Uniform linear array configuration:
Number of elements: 64
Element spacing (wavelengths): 0.25
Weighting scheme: blackman
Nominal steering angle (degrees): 45
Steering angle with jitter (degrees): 43.141
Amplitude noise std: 0.05
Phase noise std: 0.05

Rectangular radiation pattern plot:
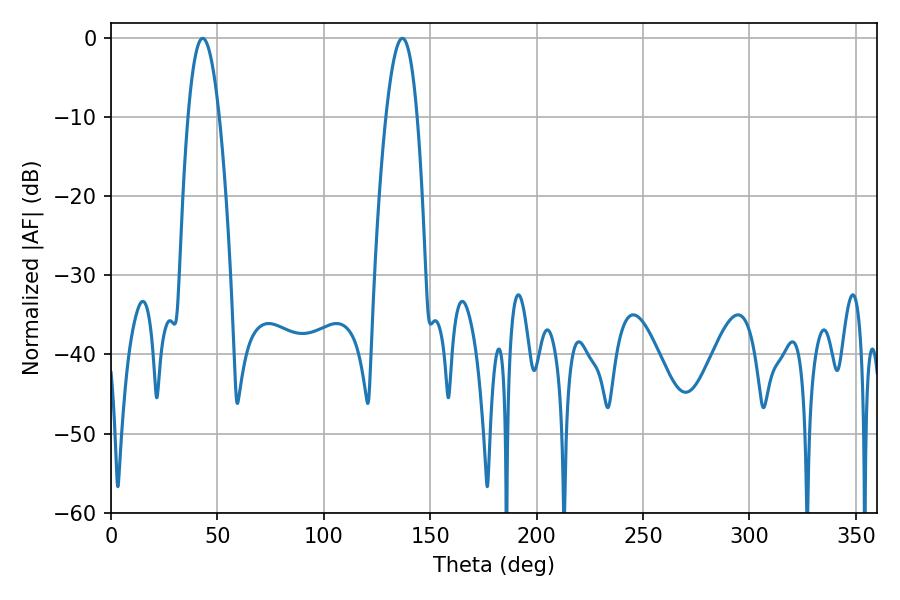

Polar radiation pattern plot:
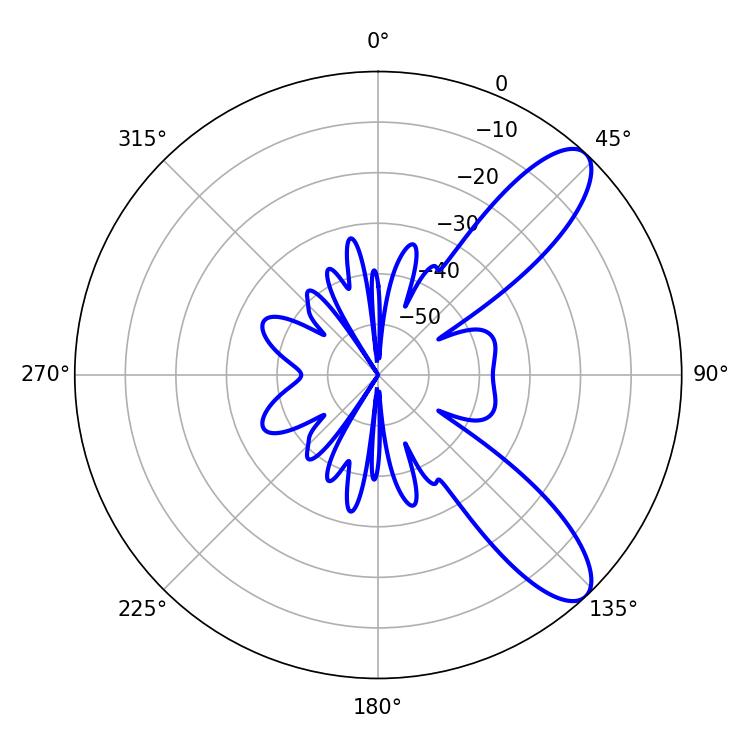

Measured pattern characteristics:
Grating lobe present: FALSE
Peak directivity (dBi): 9.833
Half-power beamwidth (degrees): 7.92
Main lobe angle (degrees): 43.02